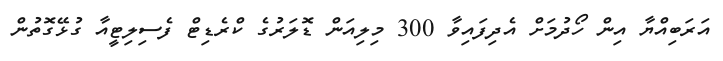
އަރަބިއްޔާ އިން ހޯދުމަށް އެދިފައިވާ 300 މިލިއަން ޑޮލަރުގެ ކްރެޑިޓް ފެސިލިޓީއާ ގުޅޭގޮތުން